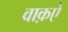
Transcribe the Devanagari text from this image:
वाक़ऐ